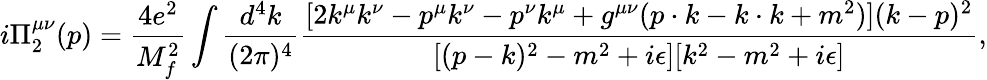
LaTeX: i\Pi_{2}^{\mu\nu}(p)=\frac{4e^{2}}{M_{f}^{2}}\int\frac{d^{4}k}{(2\pi)^{4}}\frac{[2k^{\mu}k^{\nu}-p^{\mu}k^{\nu}-p^{\nu}k^{\mu}+g^{\mu\nu}(p\cdot k-k\cdot k+m^{2})](k-p)^{2}}{[(p-k)^{2}-m^{2}+i\epsilon][k^{2}-m^{2}+i\epsilon]},